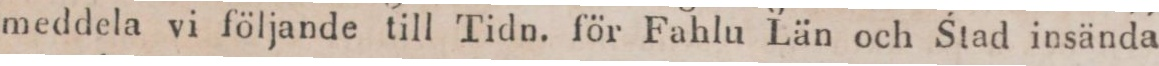
meddela vi följande till Tidn. för Fahlu Län och Stad insända